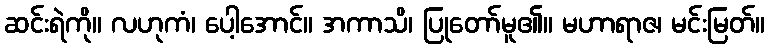
ဆင်းရဲကို။ လဟုကံ၊ ပေါ့အောင်။ အကာသိ၊ ပြုတော်မူ၏။ မဟာရာဇ၊ မင်းမြတ်။